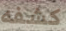
كشفه